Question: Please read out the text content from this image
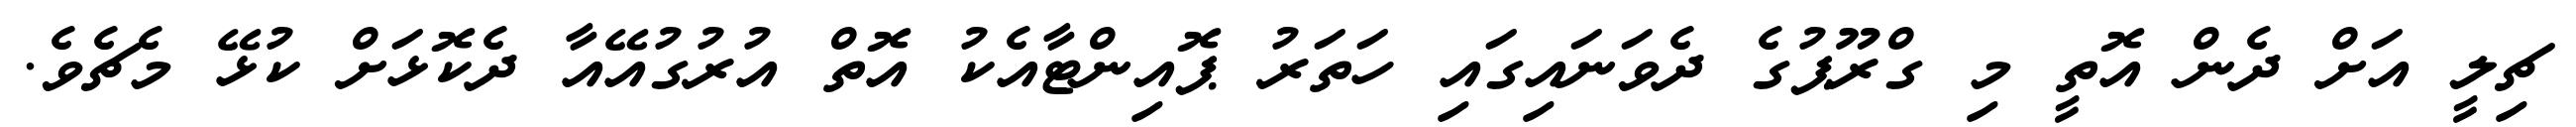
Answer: ޗިލީ އަށް ދެން އޮތީ މި ގްރޫޕުގެ ދެވަނައިގައި ހަތަރު ޕޮއިންޓާއެކު އޮތް އުރުގުއޭއާ ދެކޮޅަށް ކުޅޭ މެޗެވެ.